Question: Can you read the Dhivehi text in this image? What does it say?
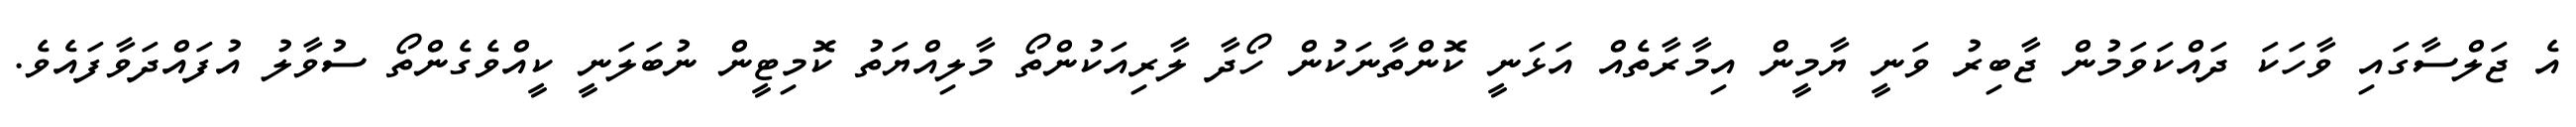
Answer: އެ ޖަލްސާގައި ވާހަކަ ދައްކަވަމުން ޖާބިރު ވަނީ ޔާމީން އިމާރާތެއް އަޅަނީ ކޮންތާނަކުން ހޯދާ ލާރިއަކުންތޯ މާލިއްޔަތު ކޮމިޓީން ނުބަލަނީ ކީއްވެގެންތޯ ސުވާލު އުފައްދަވާފައެވެ.